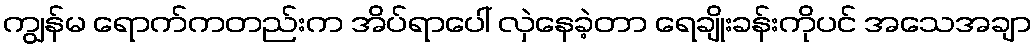
ကျွန်မ ရောက်ကတည်းက အိပ်ရာပေါ် လှဲနေခဲ့တာ ရေချိုးခန်းကိုပင် အသေအချာ